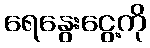
ရေနွေးငွေ့ကို